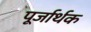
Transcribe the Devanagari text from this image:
पूर्जार्थक